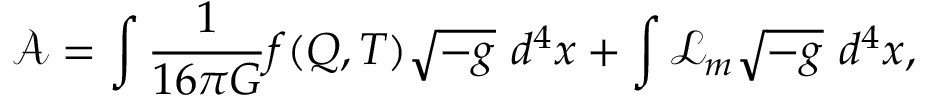
\mathcal { A } = \int \frac { 1 } { 1 6 \pi G } f ( Q , T ) \sqrt { - g } ~ d ^ { 4 } x + \int \mathcal { L } _ { m } \sqrt { - g } ~ d ^ { 4 } x ,